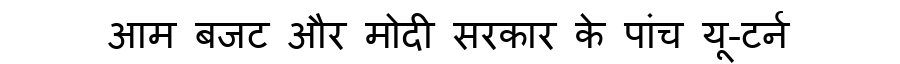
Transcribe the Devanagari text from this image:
आम बजट और मोदी सरकार के पांच यू-टर्न